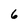
Character: 6